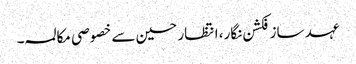
عہد ساز فکشن نگار، انتظار حسین سے خصوصی مکالمہ ۔